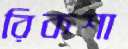
রিকশা